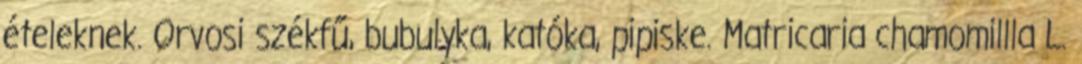
ételeknek. Orvosi székfű, bubulyka, katóka, pipiske. Matricaria chamomillla L.